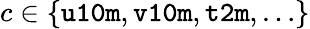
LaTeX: c\in\{ \texttt{u10m},\texttt{v10m},\texttt{t2m},\ldots\}